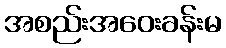
အစည်းအဝေးခန်းမ